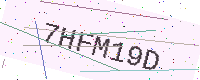
Text: 7HFM19D